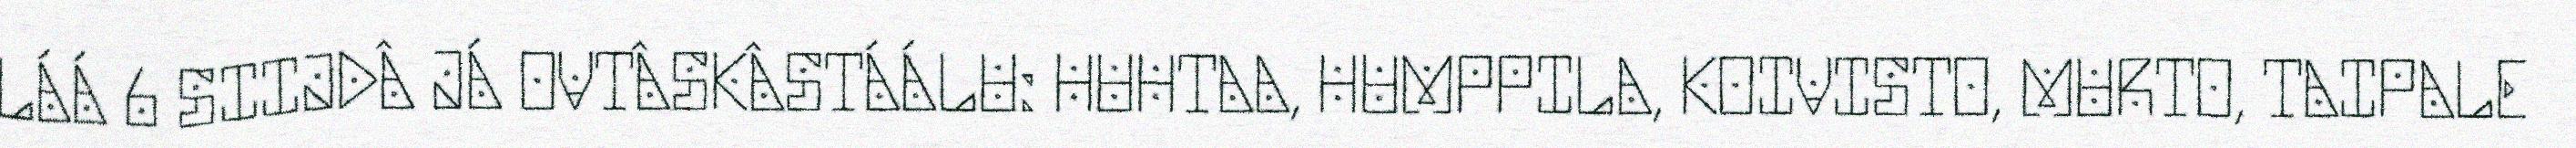
LÁÁ 6 SIIJDÂ JÁ OVTÂSKÂSTÁÁLU: HUHTAA, HUMPPILA, KOIVISTO, MURTO, TAIPALE